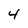
Character: 4